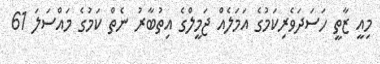
މިއީ ޒާތީ ހަސަދަވެރިކަމުގެ އަމަލެއް ޖަމީލްގެ އިތުބާރު ނެތް ކަމުގެ މައްސަލަ 61